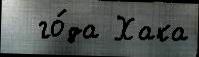
  го́да Хака